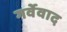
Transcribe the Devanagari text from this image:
गर्वेवाद